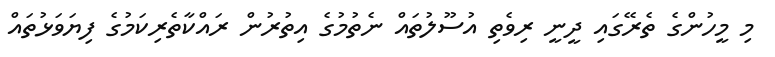
މި މީހުންގެ ތެރޭގައި ދީނީ ރިވެތި އުސޫލުތައް ނެތުމުގެ އިތުރުން ރައްކާތެރިކަމުގެ ފިޔަވަޅުތައް